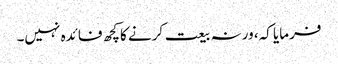
فرمایا کہ، ورنہ بیعت کرنے کاکچھ فائدہ نہیں۔